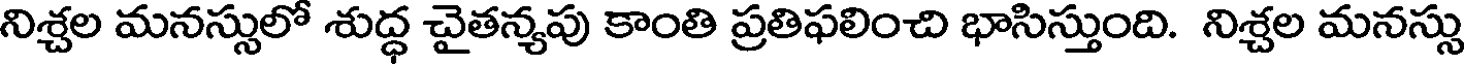
నిశ్చల మనస్సులో శుద్ధ చైతన్యపు కాంతి ప్రతిఫలించి భాసిస్తుంది. నిశ్చల మనస్సు